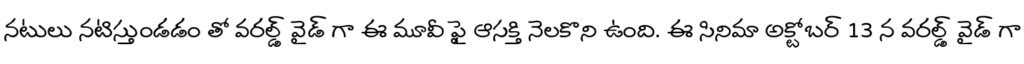
నటులు నటిస్తుండడం తో వరల్డ్ వైడ్ గా ఈ మూవీ ఫై ఆసక్తి నెలకొని ఉంది. ఈ సినిమా అక్టోబర్ 13 న వరల్డ్ వైడ్ గా